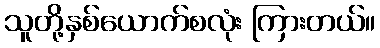
သူတို့နှစ်ယောက်စလုံး ကြားတယ်။